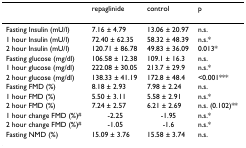
<table><thead><tr><td></td><td><b>repaglinide</b></td><td><b>control</b></td><td><b>p</b></td></tr></thead><tbody><tr><td>Fasting Insulin (mU/l)</td><td>7.16 ± 4.79</td><td>13.06 ± 20.97</td><td>n.s.</td></tr><tr><td>1 hour Insulin (mU/l)</td><td>72.40 ± 62.35</td><td>58.32 ± 48.39</td><td>n.s.*</td></tr><tr><td>2 hour Insulin (mU/l)</td><td>120.71 ± 86.78</td><td>49.83 ± 36.09</td><td>0.013*</td></tr><tr><td>Fasting glucose (mg/dl)</td><td>106.58 ± 12.38</td><td>109.1 ± 16.3</td><td>n.s.</td></tr><tr><td>1 hour glucose (mg/dl)</td><td>222.08 ± 30.05</td><td>213.7 ± 29.9</td><td>n.s.*</td></tr><tr><td>2 hour glucose (mg/dl)</td><td>138.33 ± 41.19</td><td>172.8 ± 48.4</td><td>&lt;0.001***</td></tr><tr><td>Fasting FMD (%)</td><td>8.18 ± 2.93</td><td>7.98 ± 2.24</td><td>n.s.</td></tr><tr><td>1 hour FMD (%)</td><td>5.50 ± 3.11</td><td>5.58 ± 2.91</td><td>n.s.*</td></tr><tr><td>2 hour FMD (%)</td><td>7.24 ± 2.57</td><td>6.21 ± 2.69</td><td>n.s. (0.102)**</td></tr><tr><td>1 hour change FMD (%)<sup>#</sup></td><td>-2.25</td><td>-1.95</td><td>n.s.*</td></tr><tr><td>2 hour change FMD (%)<sup>#</sup></td><td>-1.05</td><td>-1.6</td><td>n.s.*</td></tr><tr><td>Fasting NMD (%)</td><td>15.09 ± 3.76</td><td>15.58 ± 3.74</td><td>n.s.</td></tr></tbody></table>